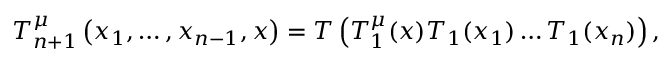
T _ { n + 1 } ^ { \mu } \left( x _ { 1 } , \ldots , x _ { n - 1 } , x \right) = { \cal T } \left( T _ { 1 } ^ { \mu } ( x ) T _ { 1 } ( x _ { 1 } ) \ldots T _ { 1 } ( x _ { n } ) \right) ,